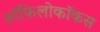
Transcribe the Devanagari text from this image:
स्टॅफिलोकॉकस